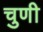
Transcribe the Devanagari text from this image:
चुणी